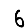
Digit: 6